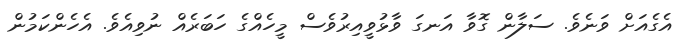
އެގެއަށް ވަނެެވެ. ސަލާން ގޮވާ އަނގަ ވާޅުވީއިރުވެސް މީހެއްގެ ހަބަރެއް ނުވިއެވެ. އެހެންކަމުން